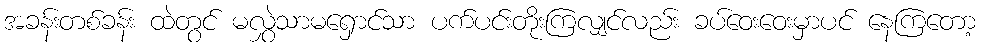
အခန်းတစ်ခန်း ထဲတွင် မလွှဲသာမရှောင်သာ ပက်ပင်းတိုးကြလျှင်လည်း ခပ်ဝေးဝေးမှာပင် နေကြတော့